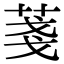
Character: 菚